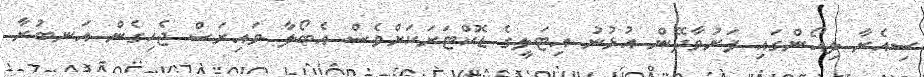
ސިއެރާ ލިއޯންގައި ފަރުވާދޭން އުޅުނު އިޓަލީގެ ޑޮކްޓަރަކަށްވެސް އެބޯލާ ވައިރަސް ޖެހިގެން އަނބުރާ